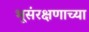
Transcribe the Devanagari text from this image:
भूसंरक्षणाच्या